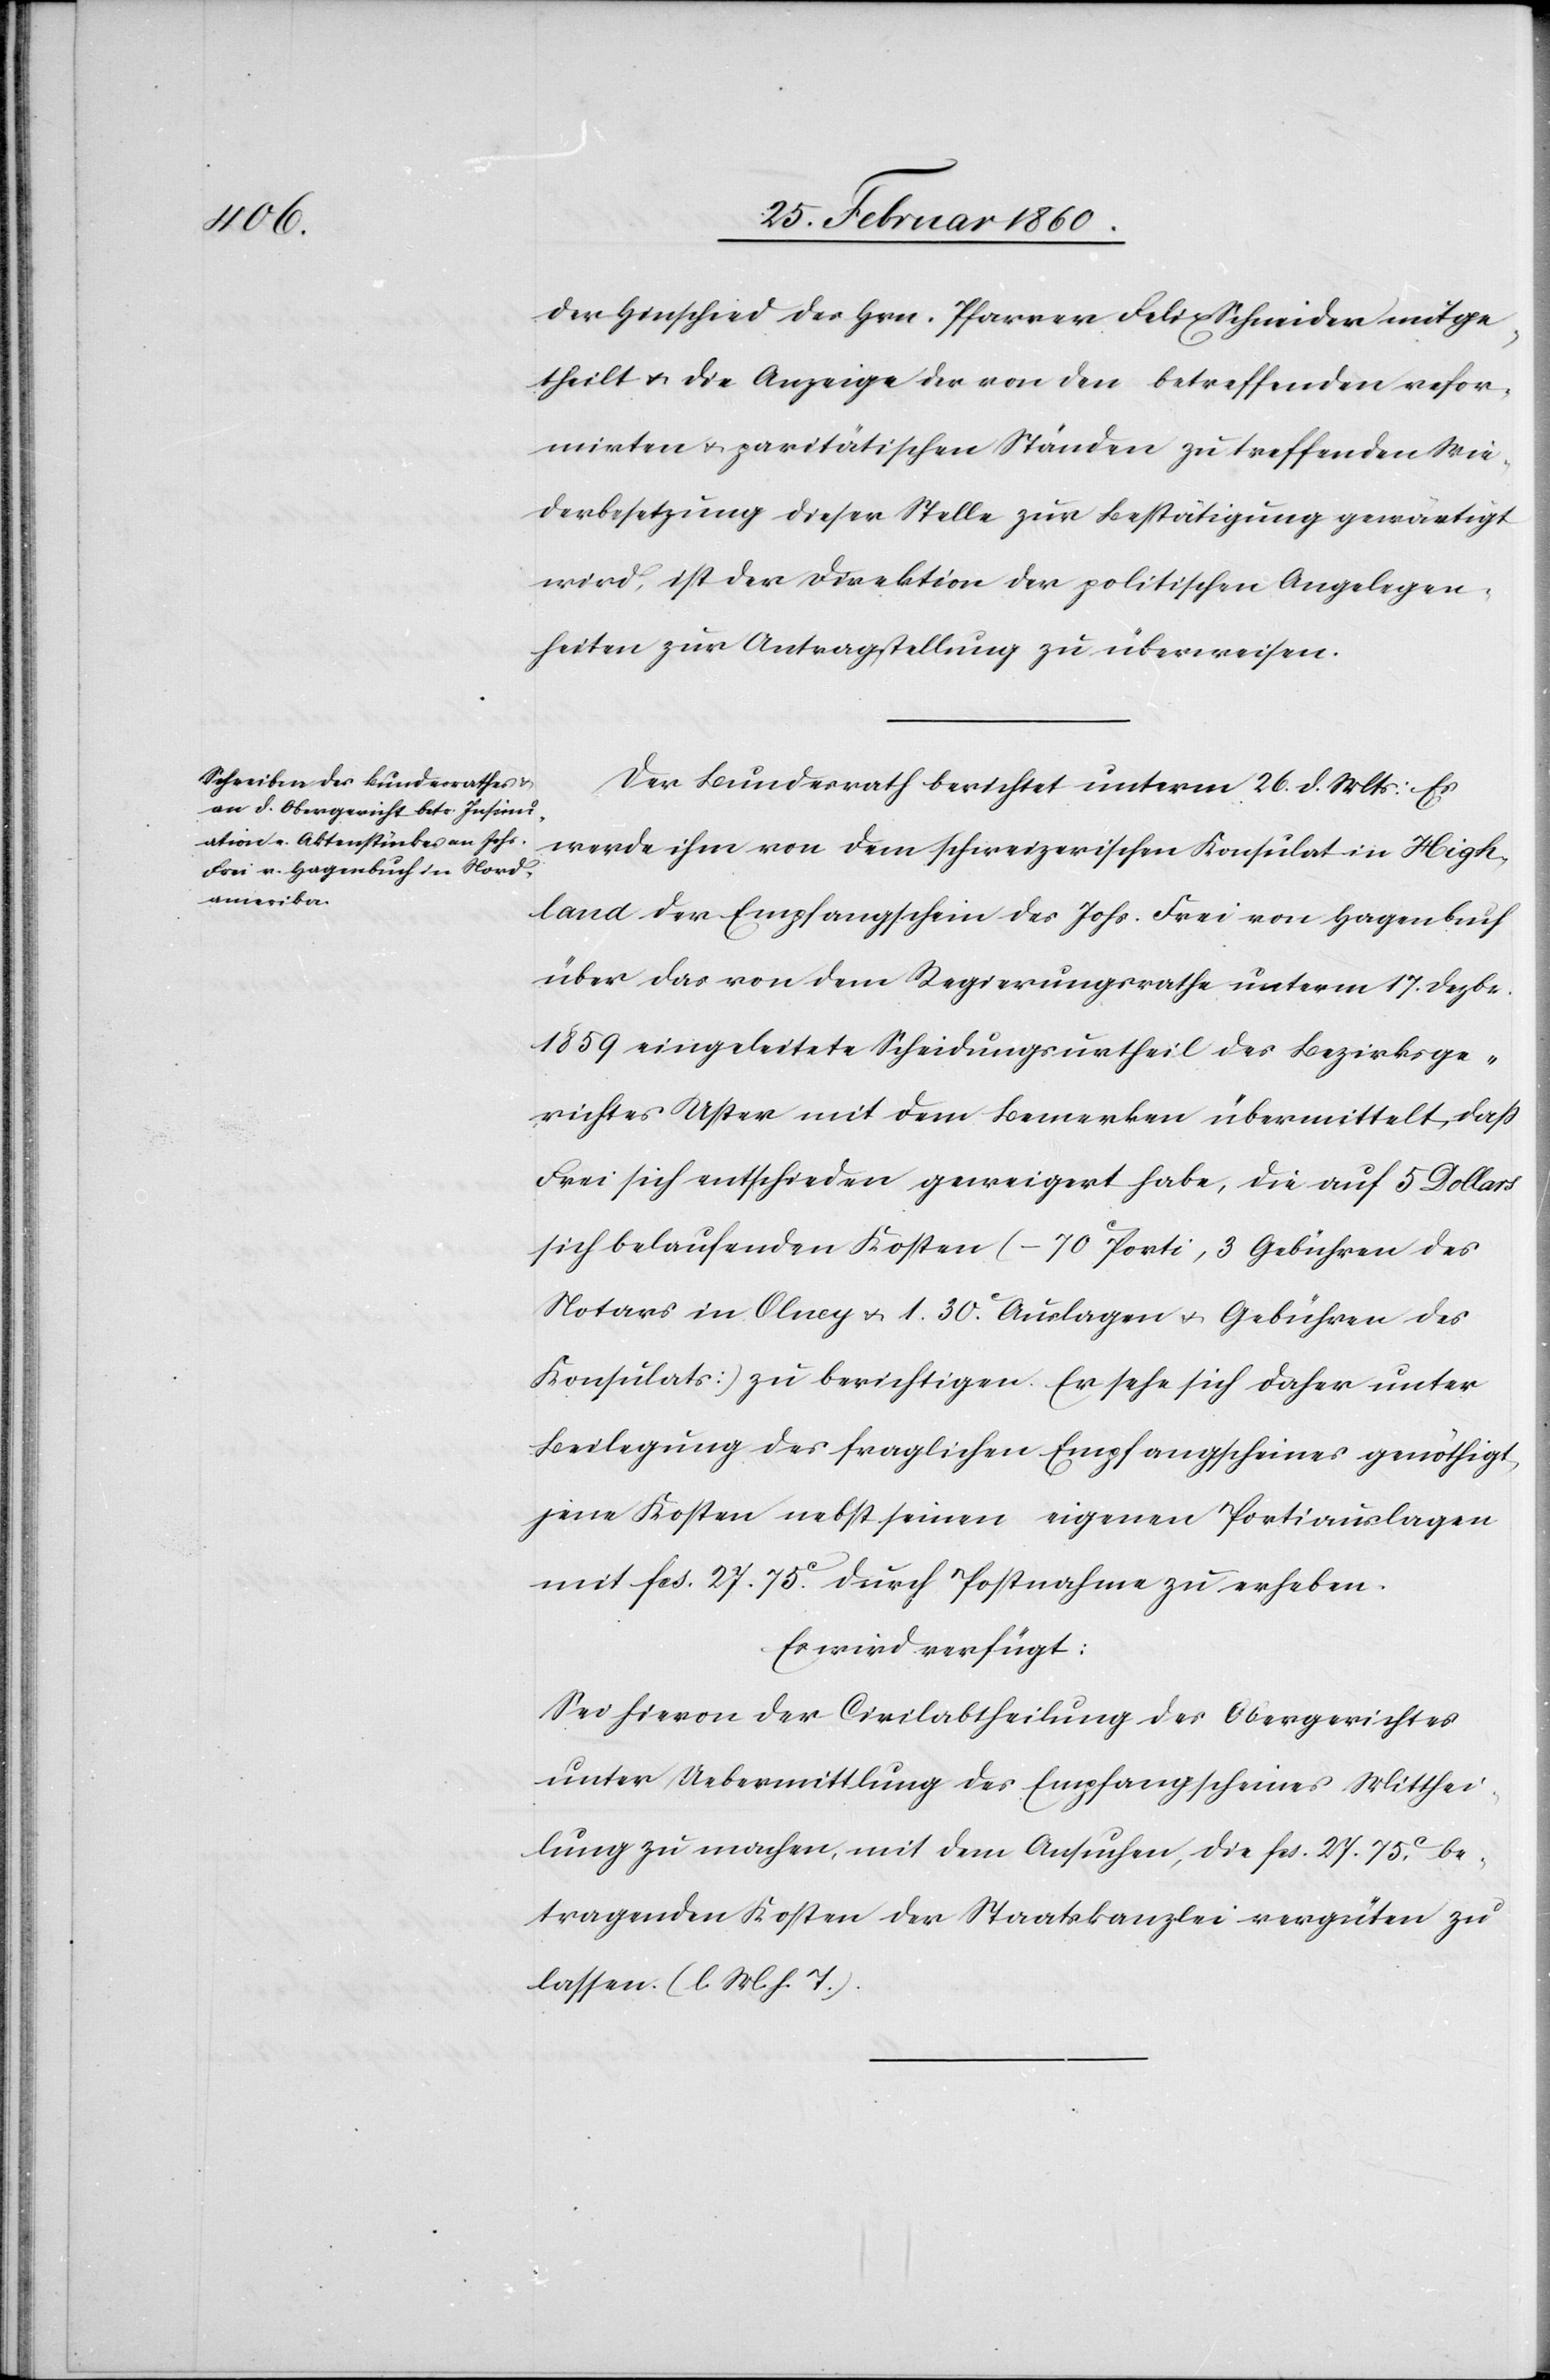
28. Februar 1860.]
der Hinschied des Hrn. Pfarrer Felix Schneider mitge¬
theilt u. die Anzeige der von den betreffenden refor¬
mirten u. paritätischen Ständen zu treffenden Wie¬
derbesetzung dieser Stelle zur Bestätigung gewärtigt
wird, ist der Direktion der politischen Angelegen¬
heiten zur Antragstellung zu überweisen.
Der Bundesrath berichtet unterm 26. d. Mts.: Es
werde ihm von dem schweizerischen Konsulat in High¬
land der Empfangschein des Johs. Frei von Hagenbuch
über das von dem Regierungsrathe unterm 17. Dezbr.
1859 eingeleitete Scheidungsurtheil des Bezirksge¬
richtes Uster mit dem Bemerken übermittelt, dass
Frei sich entschieden geweigert habe, die auf 5 Dollars
sich belaufenden Kosten (–70 Porti, 3 Gebühren des
Notars in Olncy u. 1. 30C Auslagen und Gebühren des
Konsulats) zu berichtigen. Er sehe sich daher unter
Beilegung des fraglichen Empfangscheines genöthigt,
jene Kosten nebst eines eigenen Portiauslagen
mit fcs. 27. 75C durch Postnahme zu erheben.
Es wird verfügt:
Sei hievon der Civilabtheilung des Obergerichtes
unter Uebermittlung des Empfangscheines Mitthei¬
lung zu machen, mit dem Ansuchen, die fcs. 27. 75C be¬
tragenden Kosten der Staatskanzlei vergüten zu
lassen. [l. M. h. T]